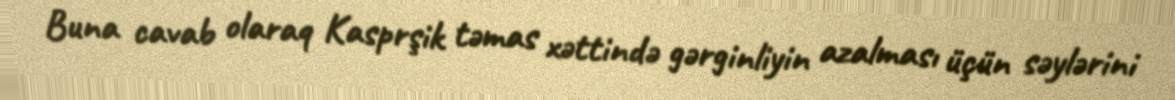
Buna cavab olaraq Kasprşik təmas xəttində gərginliyin azalması üçün səylərini